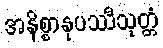
အနိစ္စာနုပဿီသုတ္တံ